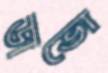
ডাভো